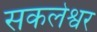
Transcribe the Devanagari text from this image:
सकलेश्वर